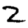
Digit: 2